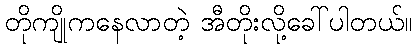
တိုကျိုကနေလာတဲ့ အီတိုးလို့ခေါ်ပါတယ်။